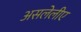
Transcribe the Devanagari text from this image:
असलेलीए